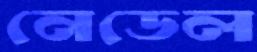
নেডেল